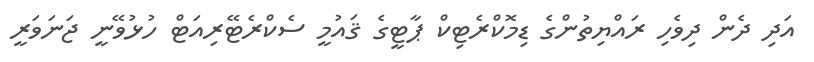
އަދި ދެން ދިވެހި ރައްޔިތުންގެ ޑިމޮކްރެޓިކް ޕާޓީގެ ޤައުމީ ސެކްރެޓޭރިއަޓް ހުޅުވޭނީ ޖަނަވަރީ